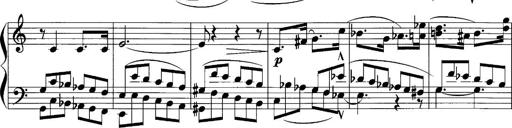
Title: Sonatina No.1
Composer: Otto Stoll
Key: C major